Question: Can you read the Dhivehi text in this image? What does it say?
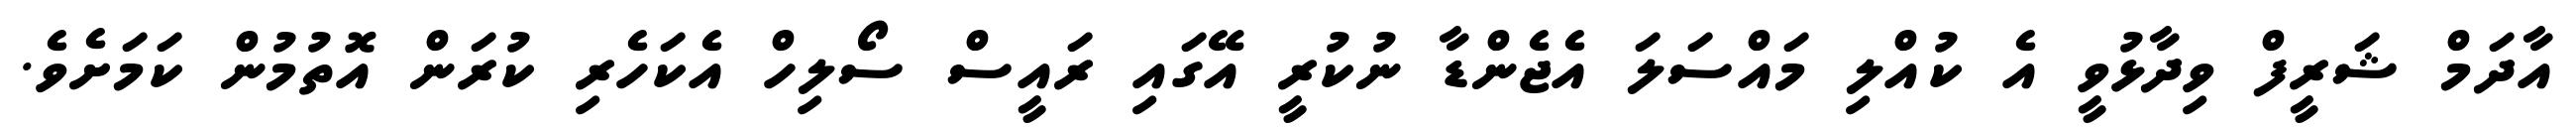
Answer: އާދަމް ޝަރީފް ވިދާޅުވީ އެ ކުއްލި މައްސަލަ އެޖެންޑާ ނުކުރީ އޭގައި ރައީސް ސޯލިހް އެކަހެރި ކުރަން އޮތުމުން ކަމަށެވެ.